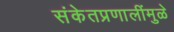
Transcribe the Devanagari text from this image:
संकेतप्रणालींमुळे